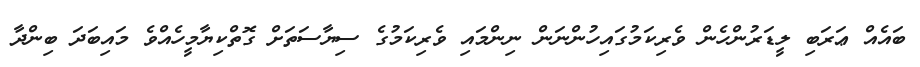
ބައެއް ޢަރަބި ލީޑަރުންހެން ވެރިކަމުގައިހުންނަން ނިންމައި ވެރިކަމުގެ ސިޔާސަތަށް ގޮތްކިޔާމީހެއްވެ މައިބަދަ ބިންދާ